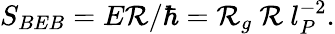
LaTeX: S_{BEB}=E\mathcal{R}/\hbar=\mathcal{R}_{g}~\mathcal{R}~l_{P}^{-2}.